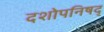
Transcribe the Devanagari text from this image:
दशोपनिषद्